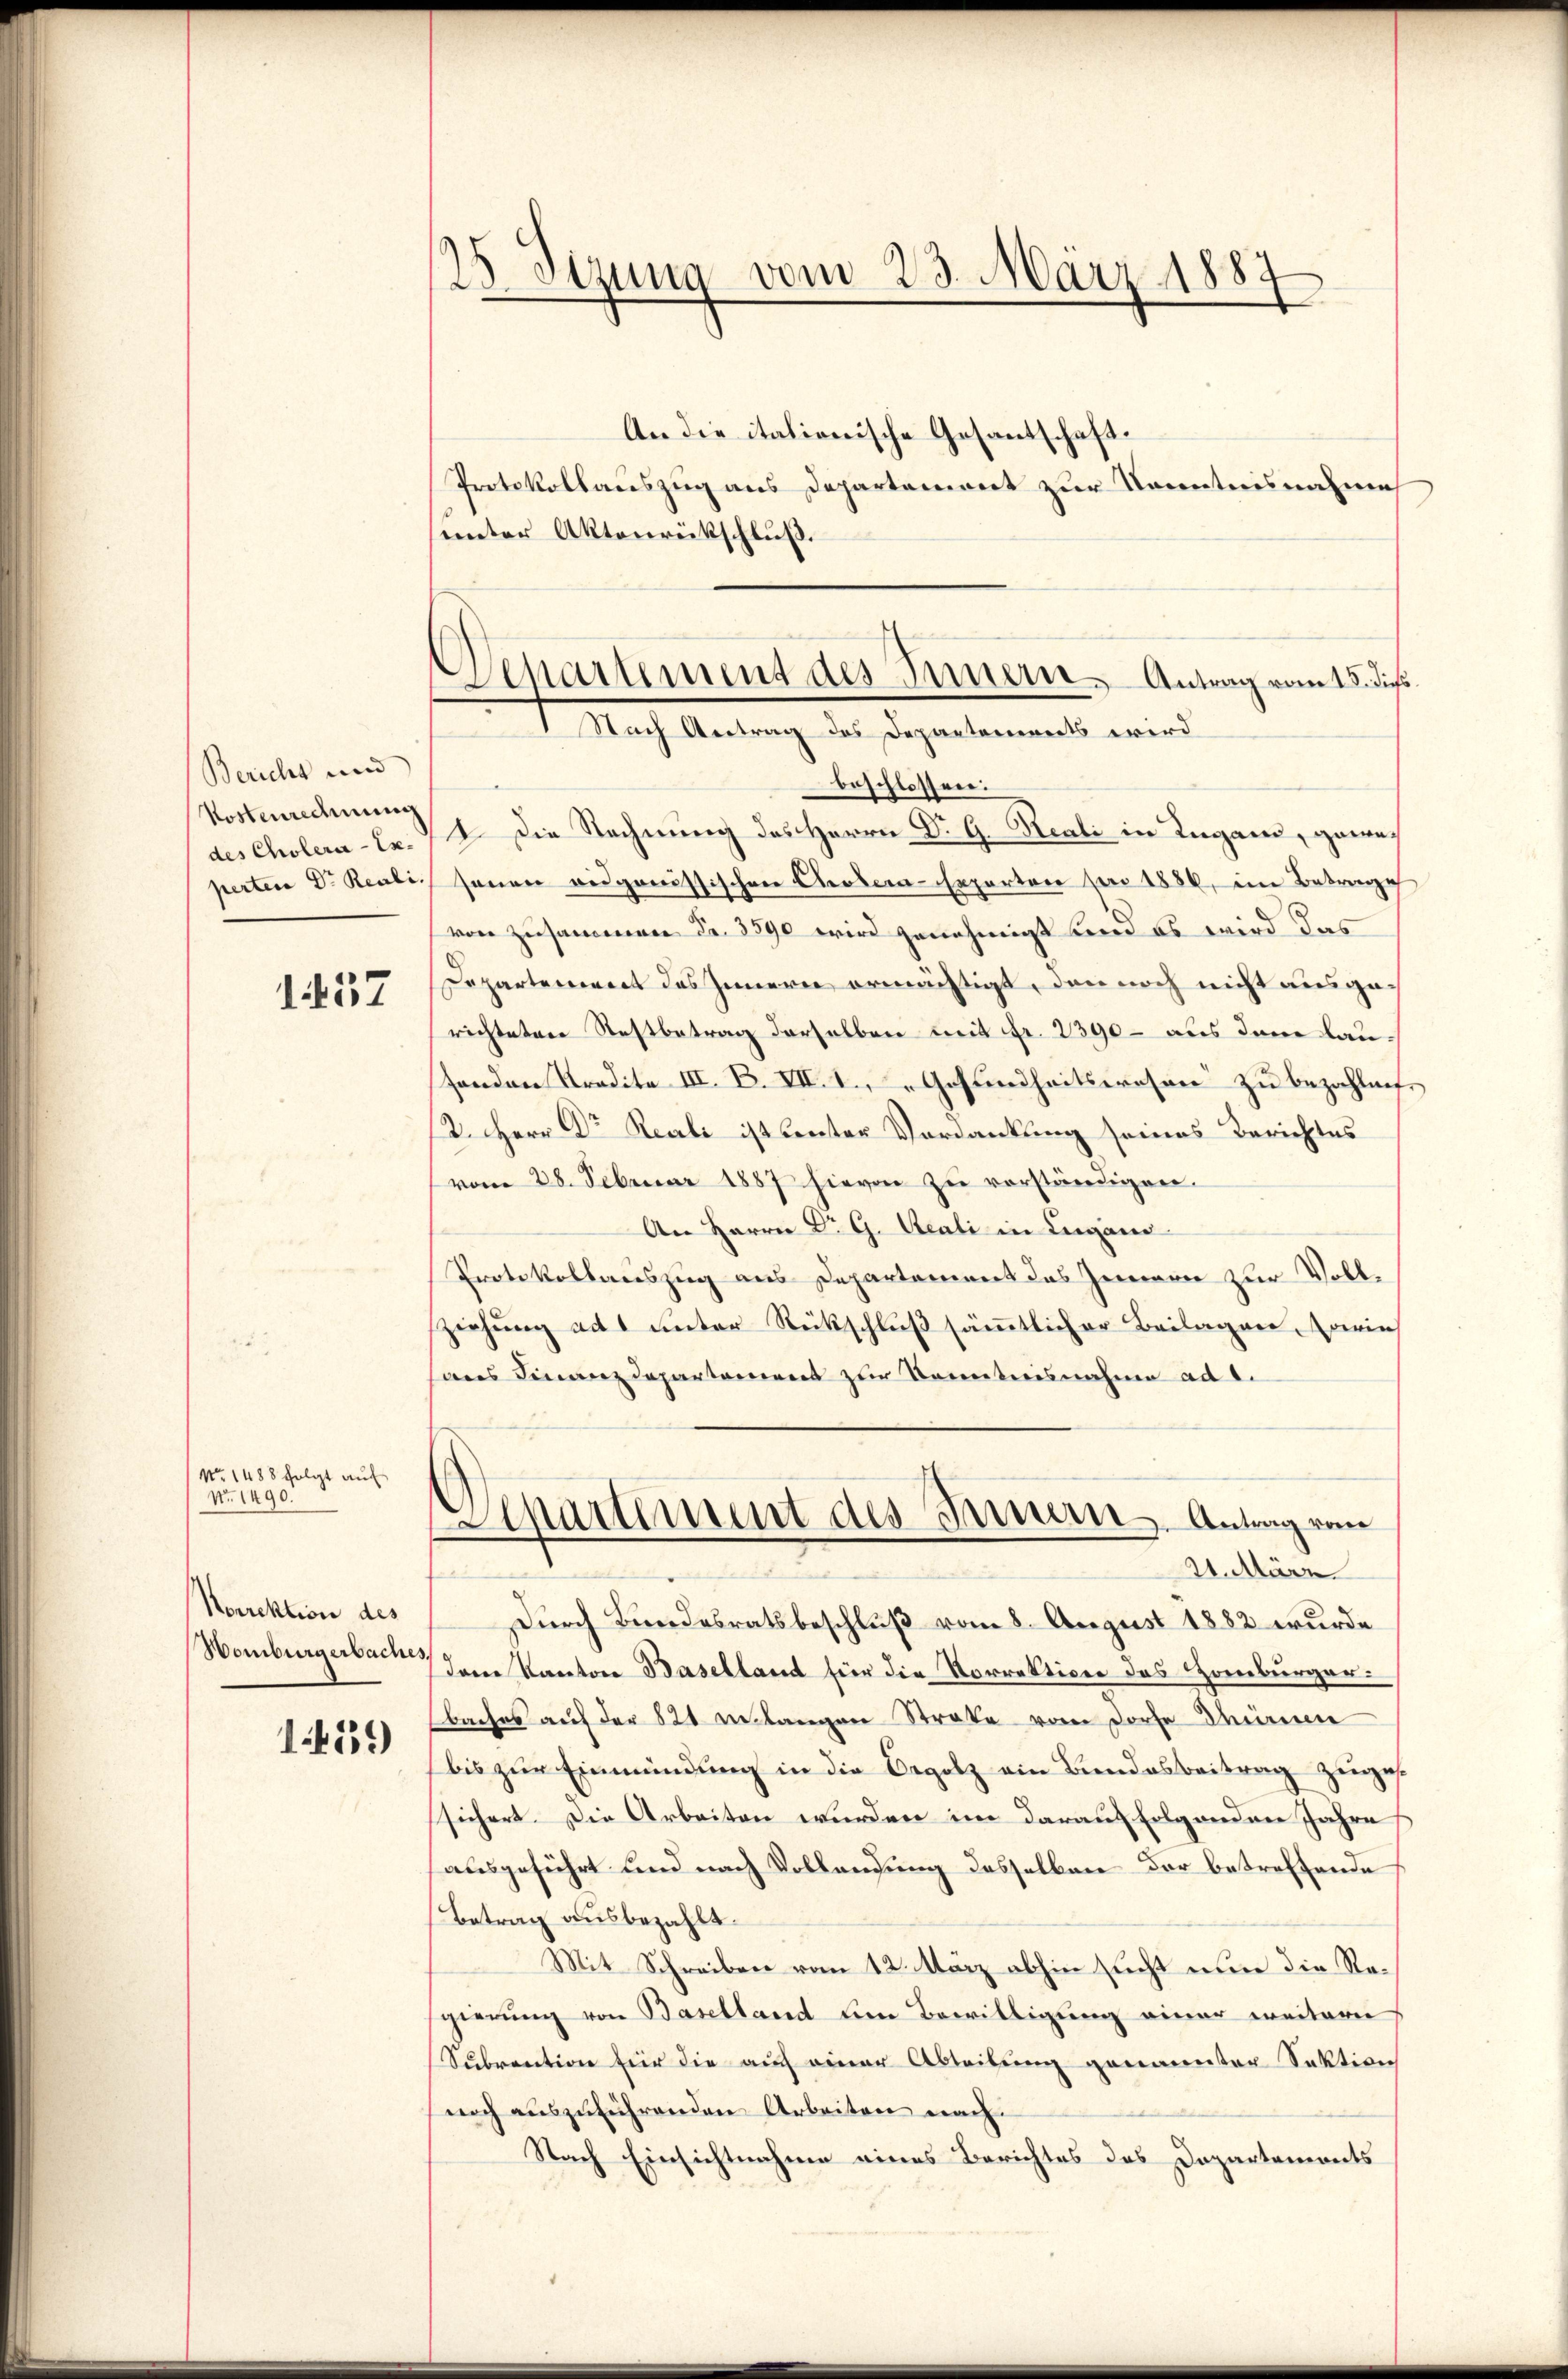
Bericht und
Kostenrechnung
des Cholera - Ex.

1437

No. 1488 folgt auf
No. 1490.

Norrektion des
Womburgerbaches,

1459)

25. Setzung vom 23. März 1883

An die italionische Gesantschaft.
Protokollauszug aus Departamiert zur Kenntnisnahme

Separtiment des Innern Antrag vom 18. dies
1 Nach Antrag des Departements wird

unter Aktenrückschluß.
beschlossen:
1. Die Rechnung des Herrn Dr. G. Reali in Lugand, geweperten D. Reali senen eidgenössischen Ceder-Experten pro 1886, im Betrage
von zusammen Fr. 3590 wird genehmigt und es wird das
Departement des Innern ermächtigt, den noch nicht ausgerichteten Restbetrag derselben mit Fr. 2390 - aus den Lausenden Kredite III. B. VIII. Gesundheitswesen zu bezahleif
2. Herr Dr Reali ist lenter Verdankung seines Berichtes
vom 28. Februar 1887 hievon zu vorständigen.
An Herrn Dr G. Reali in Lugano
Protokollauszug aus Departement das Zimern zur Vollziehung ad 1 unter Rückschluß sämmtlicher Beilagen. Marie
ans Finanzdepartement zur Kenntnisnahme ad 1.
Departement des Innern Antrag von
21. März
Durch Bundesratsbeschluß vom 8. August 1882 wurde
dem Kanton Baselland für die Vorrektion des Zoinbürger:
baches auf der 821 erlangen Strafe vom Dorfe deinen
bis zur Einmündung in die Orgolz ein Bundesbeitrag zuges
sichert. Die Arbeiten wurden im darauf folgenden Jahre
ausgeführt und nach Vollendung desselben der betreffende
Betrag ausbezahlt.
Mit Schreiben vom 12. März abhin sucht nun die Regierung von Baselland um Bewilligung einer weiterer
Subrention für die auch einer Abteilung genannter Sektion
noch auszuführenden Arbeiten nach
Nach Einsichtnahme eines Berichtes des Dopartements
.